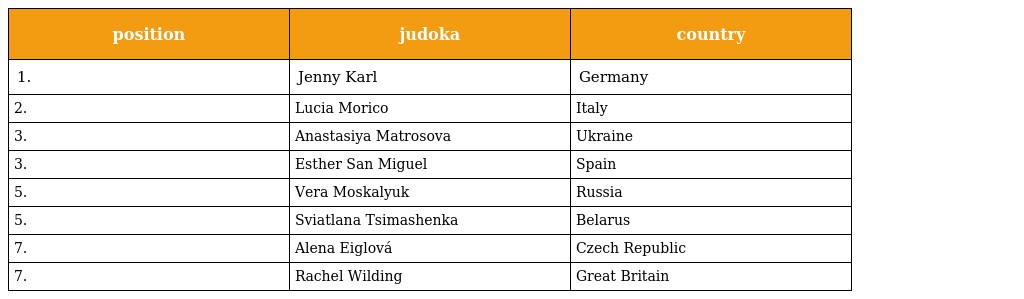
| position | judoka | country |
 | --- | --- | --- |
 | 1. | Jenny Karl | Germany |
 | 2. | Lucia Morico | Italy |
 | 3. | Anastasiya Matrosova | Ukraine |
 | 3. | Esther San Miguel | Spain |
 | 5. | Vera Moskalyuk | Russia |
 | 5. | Sviatlana Tsimashenka | Belarus |
 | 7. | Alena Eiglová | Czech Republic |
 | 7. | Rachel Wilding | Great Britain |